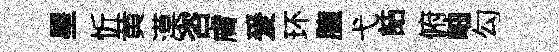
星忻黄漠咨膚爰环臆弋詰俯岫勾